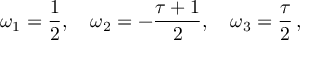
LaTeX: \omega _ { 1 } = \frac { 1 } { 2 } , \quad \omega _ { 2 } = - \frac { \tau + 1 } { 2 } , \quad \omega _ { 3 } = \frac { \tau } { 2 } \, ,